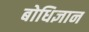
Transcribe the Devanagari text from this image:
बोधिज्ञान